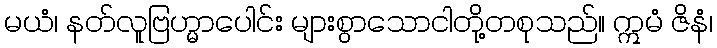
မယံ၊ နတ်လူဗြဟ္မာပေါင်း များစွာသောငါတို့တစုသည်။ ဣမံ ဇိနံ၊